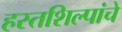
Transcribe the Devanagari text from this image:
हस्तशिल्पांचे